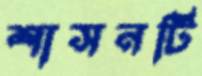
শাসনটি